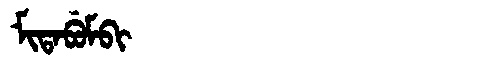
Manchu: ᠮᡳᡨᠠᠪᡠᠮᠪᡳ
Romanization: MITABUMBI